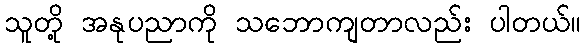
သူတို့ အနုပညာကို သဘောကျတာလည်း ပါတယ်။